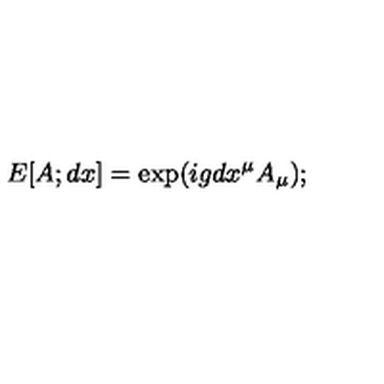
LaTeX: E [ A ; d x ] = \exp ( i g d x ^ { \mu } A _ { \mu } ) ;